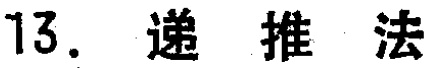
13. 递推法